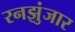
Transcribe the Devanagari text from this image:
रनझुंजार